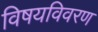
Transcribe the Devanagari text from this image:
विषयविवरण